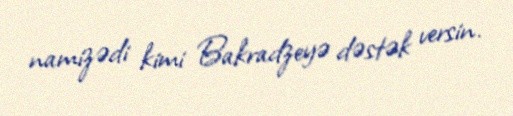
namizədi kimi Bakradzeyə dəstək versin.